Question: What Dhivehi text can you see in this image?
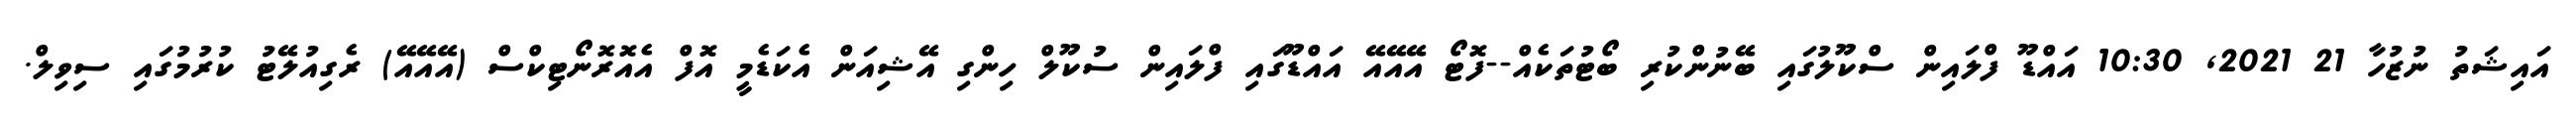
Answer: އައިޝަތު ނުޒުހާ 21 2021, 10:30 އައްޑޫ ފްލައިން ސްކޫލުގައި ބޭނުންކުރި ބޯޓުތަކެއް--ފޮޓޯ އޭއޭއޭ އައްޑޫގައި ފްލައިން ސުކޫލް ހިންގި އޭޝިއަން އެކަޑެމީ އޮފް އެއޮރޮނޯޓިކްސް (އޭއޭއޭ) ރެގިއުލޭޓު ކުރުމުގައި ސިވިލް.